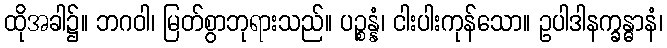
ထိုအခါ၌။ ဘဂဝါ၊ မြတ်စွာဘုရားသည်။ ပဉ္စန္နံ၊ ငါးပါးကုန်သော။ ဥပါဒါနက္ခန္ဓာနံ၊